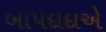
બાપદાદાએ